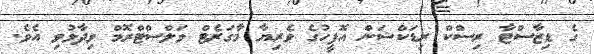
ގެ ޑިޒާސްޓާ ރިސްކް ރިޑަކްޝަން އޮފީހުގެ ވެރިޔާ މާގަރެޓް ވަލްސްޓްރޮމް ވިދާޅުވި އެވެ.